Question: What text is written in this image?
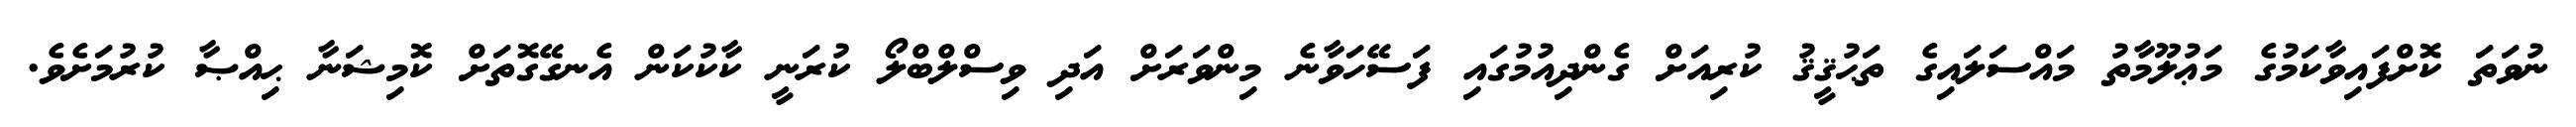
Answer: ނުވަތަ ކޮށްފައިވާކަމުގެ މަޢުލޫމާތު މައްސަލައިގެ ތަޙުޤީޤު ކުރިއަށް ގެންދިއުމުގައި ފަސޭހަވާނެ މިންވަރަށް އަދި ވިސްލްބްލޯ ކުރަނީ ކާކުކަން އެނގޭގޮތަށް ކޮމިޝަނާ ޙިއްޞާ ކުރުމަށެވެ.